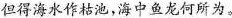
但得海水作枯池，海中鱼龙何所为。